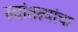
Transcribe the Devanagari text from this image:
स्वांतत्र्यांचा